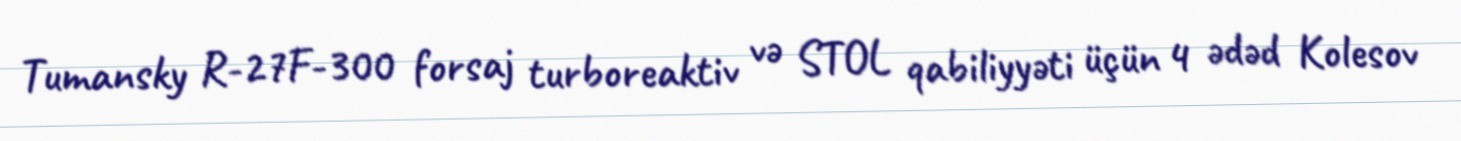
Tumansky R-27F-300 forsaj turboreaktiv və STOL qabiliyyəti üçün 4 ədəd Kolesov